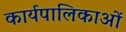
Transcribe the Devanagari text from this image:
कार्यपालिकाओं